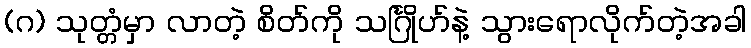
(ဂ) သုတ္တံမှာ လာတဲ့ စိတ်ကို သင်္ဂြိုဟ်နဲ့ သွားရောလိုက်တဲ့အခါ